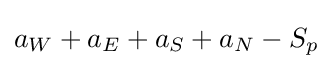
a_{W}+a_{E}+a_{S}+a_{N}-S_{p}